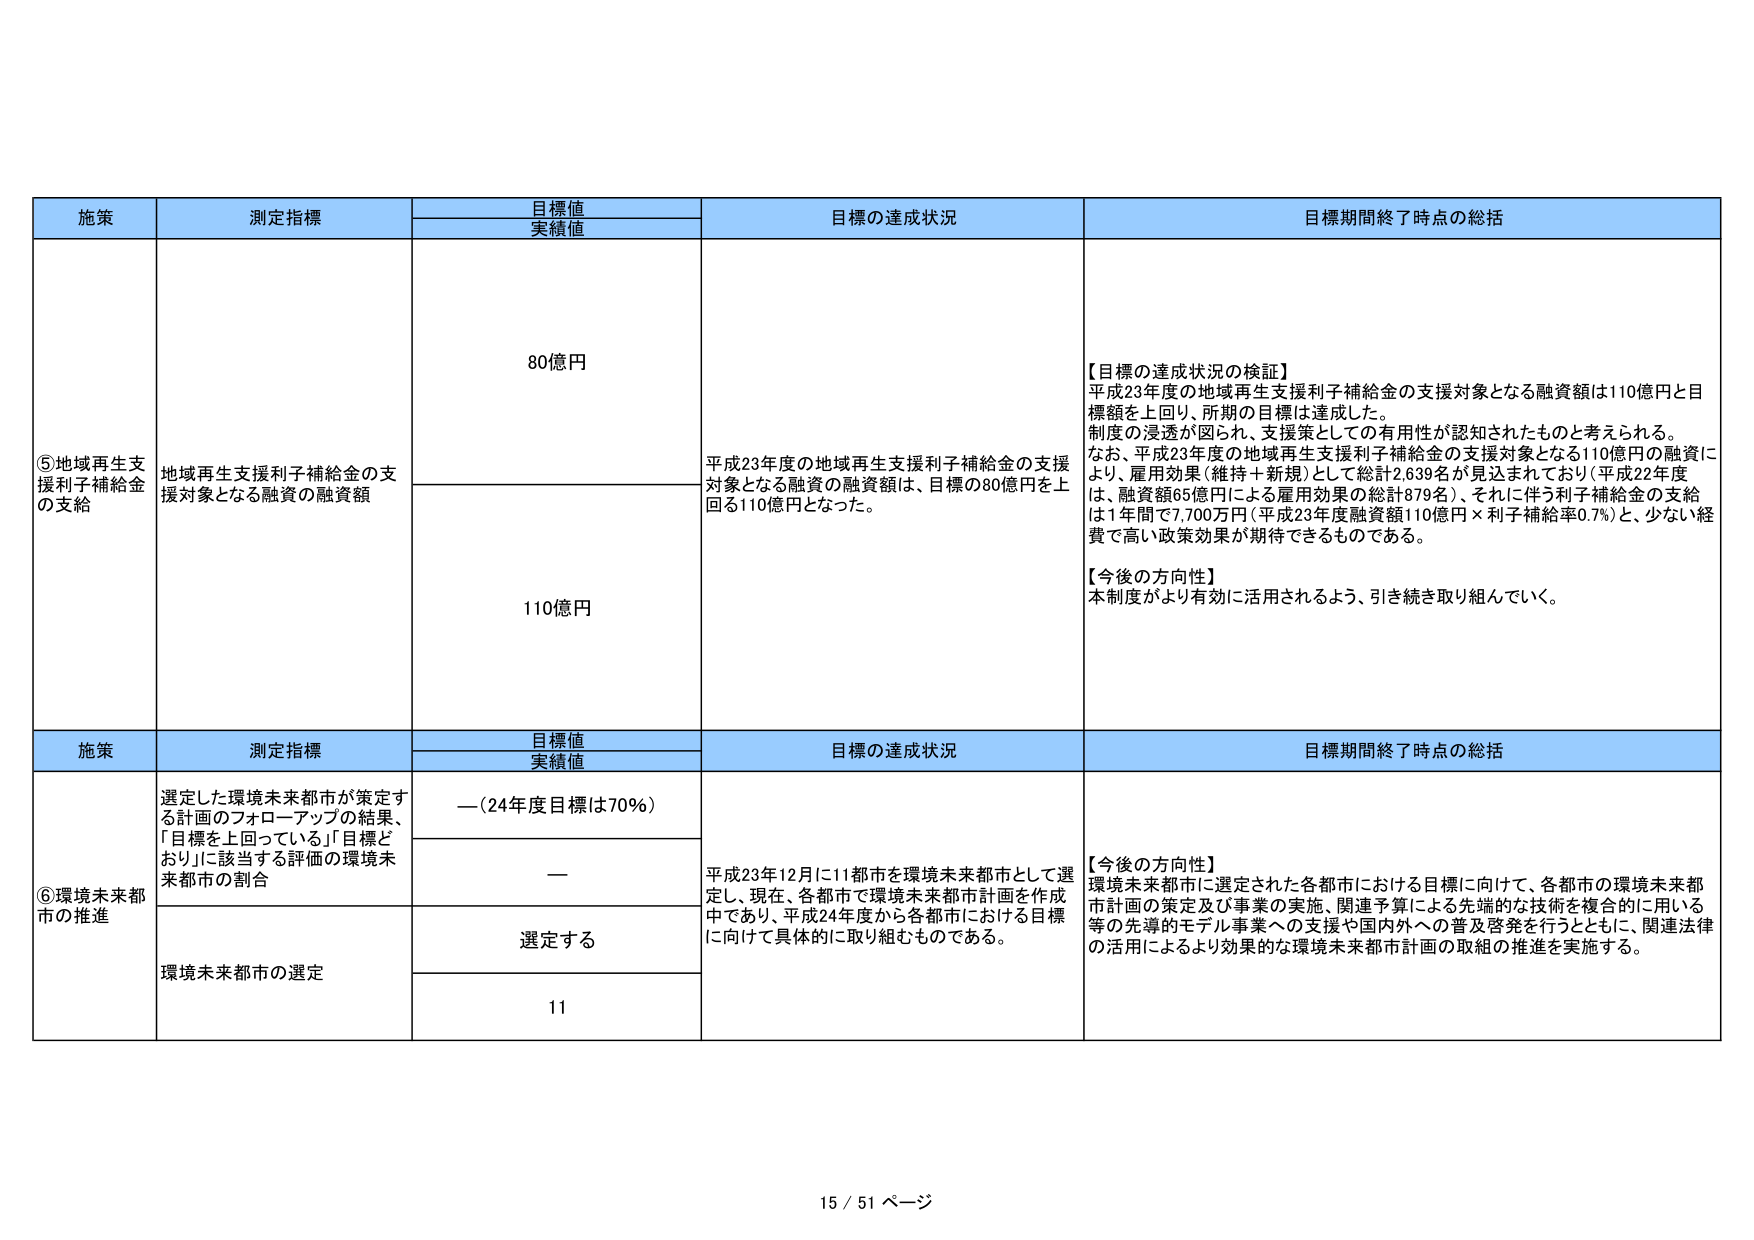
施策
測定指標
目標値
実績値
目標の達成状況
目標期間終了時点の総括
⑤地域再生支援利子補給金の支給
地域再生支援利子補給金の支援対象となる融資の融資額
80億円
平成23年度の地域再生支援利子補給金の支援対象となる融資の融資額は、目標の80億円を上回る110億円となった。
【目標の達成状況の検証】
平成23年度の地域再生支援利子補給金の支援対象となる融資額は110億円と目標額を上回り、所期の目標は達成した。
制度の浸透が図られ、支援策としての有用性が認知されたものと考えられる。
なお、平成23年度の地域再生支援利子補給金の支援対象となる110億円の融資により、雇用効果（維持＋新規）として総計2,639名が見込まれており（平成22年度は、融資額65億円による雇用効果の総計879名）、それに伴う利子補給金の支給は1年間で7,700万円（平成23年度融資額110億円×利子補給率0.7%）と、少ない経費で高い政策効果が期待できるものである。
【今後の方向性】
本制度がより有効に活用されるよう、引き続き取り組んでいく。
110億円
施策
測定指標
目標値
実績値
目標の達成状況
目標期間終了時点の総括
⑥環境未来都市の推進
選定した環境未来都市が策定する計画のフォローアップの結果、「目標を上回っている」「目標どおり」に該当する評価の環境未来都市の割合
—（24年度目標は70%）
平成23年12月に11都市を環境未来都市として選定し、現在、各都市で環境未来都市計画を作成中であり、平成24年度から各都市における目標に向けて具体的に取り組むものである。
【今後の方向性】
環境未来都市に選定された各都市における目標に向けて、各都市の環境未来都市計画の策定及び事業の実施、関連予算による先端的な技術を複合的に用いる等の先導的モデル事業への支援や国内外への普及啓発を行うとともに、関連法律の活用によるより効果的な環境未来都市計画の取組の推進を実施する。
—
環境未来都市の選定
選定する
11
15 / 51 ページ